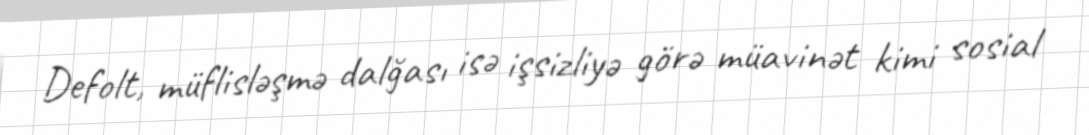
Defolt, müflisləşmə dalğası isə işsizliyə görə müavinət kimi sosial